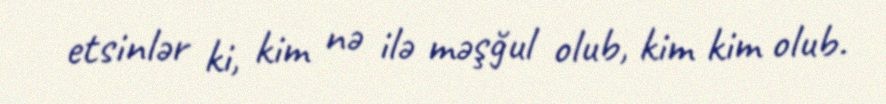
etsinlər ki, kim nə ilə məşğul olub, kim kim olub.